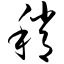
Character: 稍